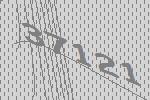
37121